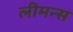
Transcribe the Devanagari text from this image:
लीमन्स